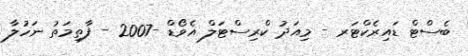
ބެސްޓް ޑައިރެކްޓަރ - މިއަދު ކްރިސްޓަލް އެވޯޑް -2007 - ފާތިމަތު ނަހުލާ